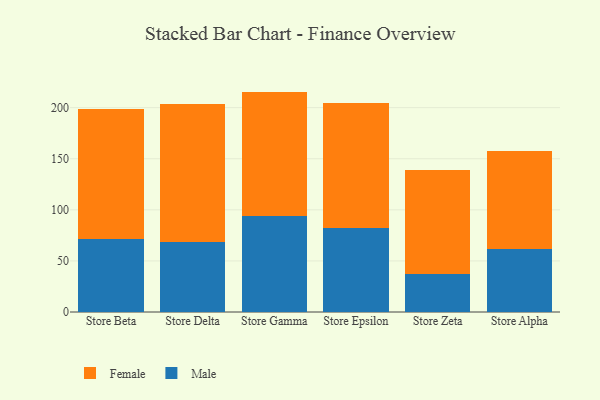
{"axis": {"x": "Store", "y": "Production Output"}, "legend": ["Female", "Male"], "data": [{"x": "Store Beta", "y": 71.7, "type": "Male"}, {"x": "Store Beta", "y": 126.5, "type": "Female"}, {"x": "Store Delta", "y": 68.2, "type": "Male"}, {"x": "Store Delta", "y": 135.4, "type": "Female"}, {"x": "Store Gamma", "y": 94.4, "type": "Male"}, {"x": "Store Gamma", "y": 121.3, "type": "Female"}, {"x": "Store Epsilon", "y": 82.6, "type": "Male"}, {"x": "Store Epsilon", "y": 122.0, "type": "Female"}, {"x": "Store Zeta", "y": 37.3, "type": "Male"}, {"x": "Store Zeta", "y": 102.0, "type": "Female"}, {"x": "Store Alpha", "y": 61.3, "type": "Male"}, {"x": "Store Alpha", "y": 96.3, "type": "Female"}]}